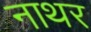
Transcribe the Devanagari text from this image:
नाथर